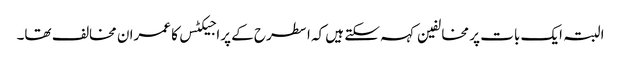
البتہ ایک بات پر مخالفین کہہ سکتے ہیں کہ ا سطرح کے پراجیکٹس کا عمران مخالف تھا۔